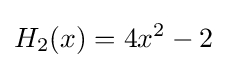
H_{2}(x)=4x^{2}-2